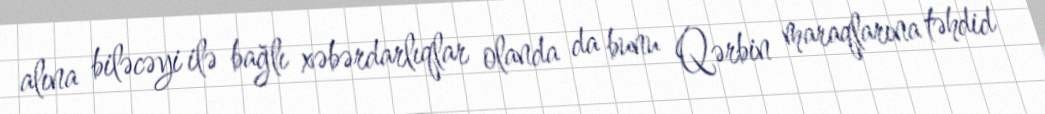
alına biləcəyi ilə bağlı xəbərdarlıqlar olanda da bunu Qərbin maraqlarına təhdid